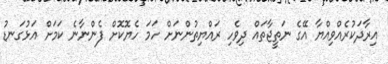
އިރާދަކުރެއްވިއްޔާ އޭގެ ނަތީޖާތައް ދިވެހި ރައްޔިތުންނަށް ހަމަ ހެޔޮކޮށް ފެންނާނެ ކަމަށް އަޅުގަނޑު